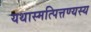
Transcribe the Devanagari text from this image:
यथास्मत्पित्तण्यस्य